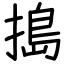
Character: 搗